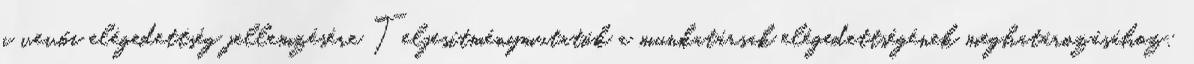
a vevői elégedettség jellemzésére Teljesítménymutatók a munkatársak elégedettségének meghatározásához: